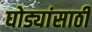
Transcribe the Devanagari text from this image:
घोड्यांसाठी